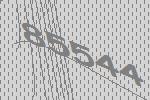
85544